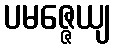
ပမဇ္ဇေယျ